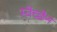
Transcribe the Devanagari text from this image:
स्वेच्छेन